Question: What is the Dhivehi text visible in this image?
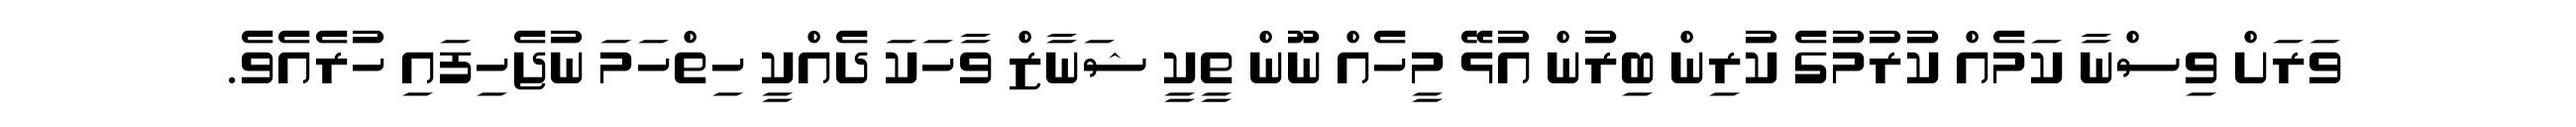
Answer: ވަރަށް ވިސްނާ ކަމެއް ކުރުމުގެ ކުރިން ބިރުން އުޅޭ މީހެއް ނޫން ތީކީ ޝަނާޒް ވާހަކަ ދެއްކީ ހިތްހަމަ ނުޖެހިފައި ހުރެއެވެ.